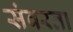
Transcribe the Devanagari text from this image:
संवरता